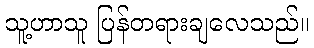
သူ့ဟာသူ ပြန်တရားချလေသည်။